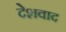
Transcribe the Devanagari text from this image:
देशवाद